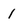
Character: 1